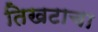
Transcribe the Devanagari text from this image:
तिखटाचा